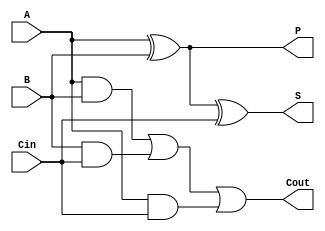
`timescale 1ns / 1ps
//////////////////////////////////////////////////////////////////////////////////
// Company: 
// Engineer: 
// 
// Design Name: 
// Module Name:    SUM_PROPAGATE 
// Project Name: 
// Target Devices: 
// Tool versions: 
// Description: 
//
// Dependencies: 
//
// Revision: 
// Revision 0.01 - File Created
// Additional Comments: 
//
//////////////////////////////////////////////////////////////////////////////////
module SUM_PROPAGATE(
    input A,B,
    input Cin,
    output S,
    output P,
	 output Cout
    );
assign #1 S=A^B^Cin;
assign #3 Cout=(A&B)|(B&Cin)|(A&Cin);
xor #2 (P,A,B);

endmodule